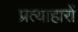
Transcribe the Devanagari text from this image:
प्रत्याहारों